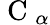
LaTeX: \mathrm{~C~}_{\alpha}